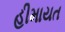
હીમાયત